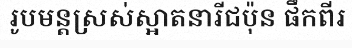
រូបមន្តស្រស់ស្អាតនារីជប៉ុន ផឹកពីរ